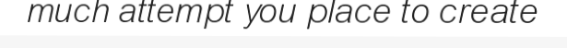
much attempt you place to create